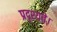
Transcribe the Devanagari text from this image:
प्रदृश्यते।